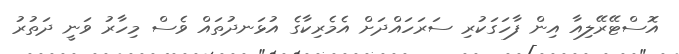
އޮސްޓޭރޭލިއާ އިން ފާހަގަކުރި ސަރަހައްދަށް އެމެރިކާގެ އުޅަނދުތައް ވެސް މިހާރު ވަނީ ދަތުރު